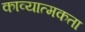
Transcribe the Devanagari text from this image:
काव्‍यात्‍मकता